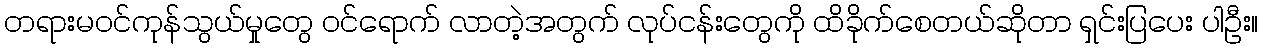
တရားမဝင်ကုန်သွယ်မှုတွေ ဝင်ရောက် လာတဲ့အတွက် လုပ်ငန်းတွေကို ထိခိုက်စေတယ်ဆိုတာ ရှင်းပြပေး ပါဦး။